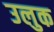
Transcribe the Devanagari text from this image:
उलुक